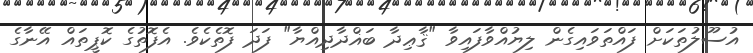
އުސޫލުތަކަށް ފައްތަވައިގެން ލިޔުއްވާފައިވާ "ޤާޢިދާ ބަޣްދާދިއްޔާ" ފަދަ ފޮތެކެވެ. އެފޮތުގެ ކޮޕީތައް އޭނާގެ